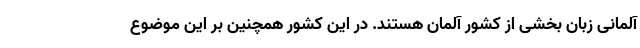
آلمانی زبان بخشی از کشور آلمان هستند. در این کشور همچنین بر این موضوع